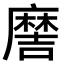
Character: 𫜖